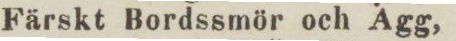
Färskt Bordssmör och Ägg,